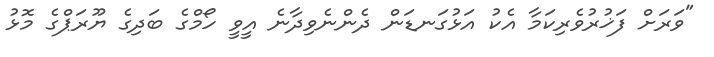
"ވަރަށް ފަޚުރުވެރިކަމާ އެކު އަޅުގަނޑަން ދެންނެވިދާނެ އީވީ ހޯމްގެ ބަދިގެ ޔޫރަޕްގެ މޮޅު